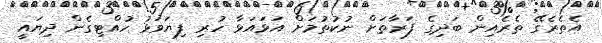
އެތެރެގޭ ތެރެއިން ބަދިގެ ފަރާތަށް ނުކުތުމަށް އަޅައަޅާ ހުރި ފިޔަވަޅު ހުއްޓިގެން ދިޔައީ